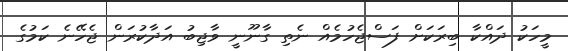
މީހަކު ދައްކާ ބިރަކަށް ފަސްޖެހުމެއް ނެތި ގާނޫނީ ވާޖިބު އަދާކުރަން ޖެހޭނެ ކަމުގެ